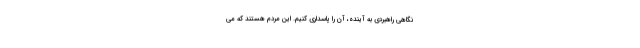
نگاهی راهبردی به آینده‌، آن را پاسداری کنیم. این مردم هستند که می